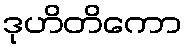
ဒုဟိတိကော